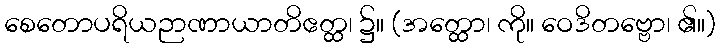
စေတောပရိယဉာဏာယာတိဧတ္ထ၊ ၌။ (အတ္ထော၊ ကို။ ဝေဒိတဗ္ဗော၊ ၏။)